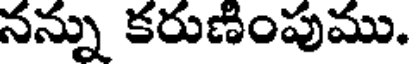
నన్ను కరుణింపుము.